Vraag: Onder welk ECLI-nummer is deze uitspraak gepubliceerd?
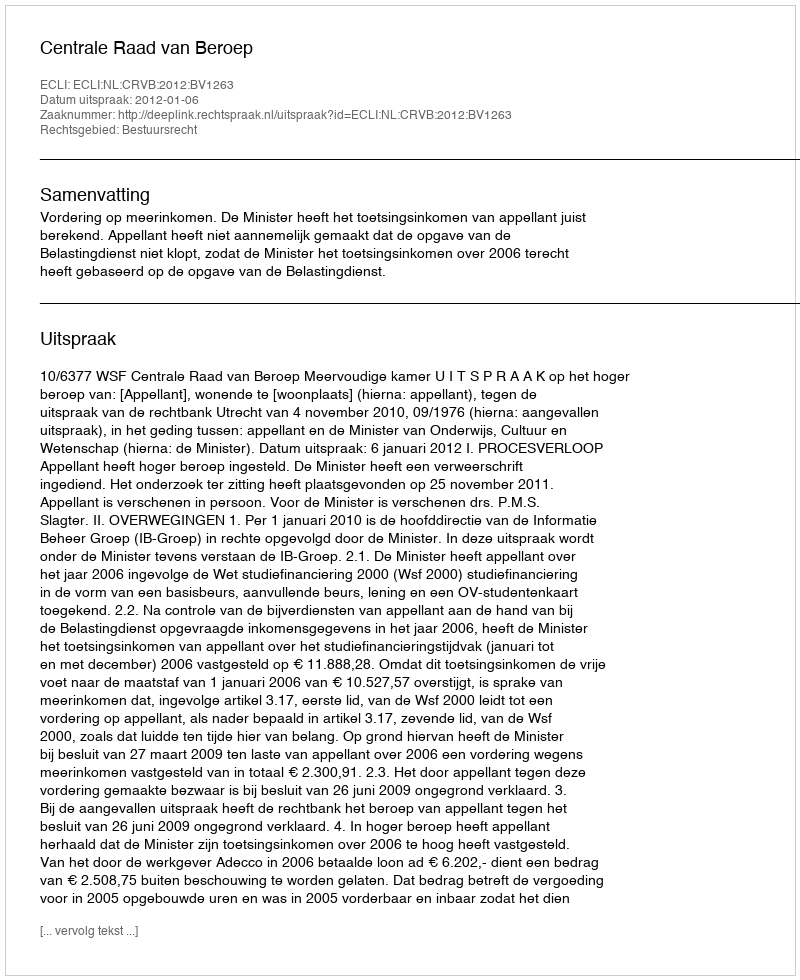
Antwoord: ECLI:NL:CRVB:2012:BV1263